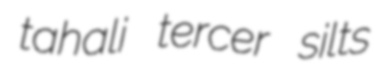
tahali tercer silts